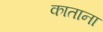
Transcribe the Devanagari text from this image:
काताना